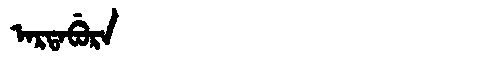
Manchu: ᠠᡵᡨᠠᠪᡠᡵᠠ
Romanization: ARTABURA